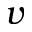
v